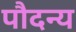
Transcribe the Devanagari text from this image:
पौदन्य